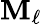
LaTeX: \mathbf{M}_{\ell}